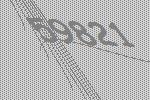
59821